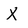
Character: X